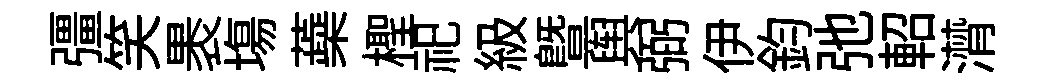
彊笑褁塲蘃檉祀級曁舆弼伊鈞弛軺潸